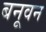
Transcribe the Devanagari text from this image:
बनूवन